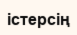
істерсің